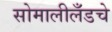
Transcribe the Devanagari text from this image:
सोमालीलँडचे